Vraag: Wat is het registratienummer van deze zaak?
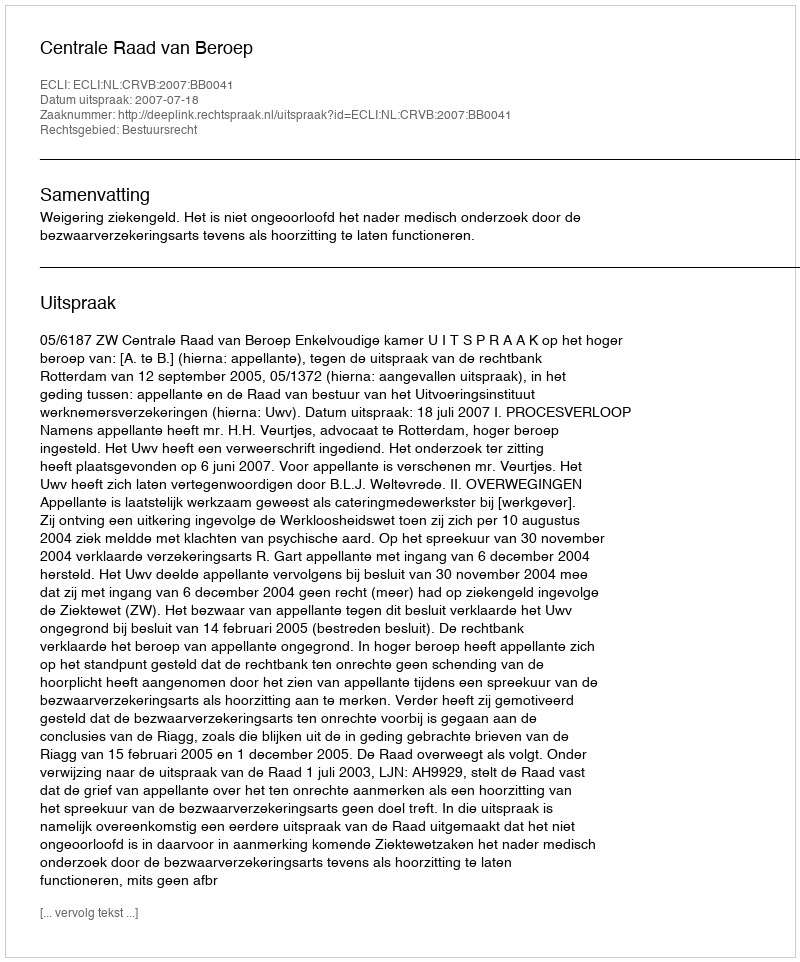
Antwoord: http://deeplink.rechtspraak.nl/uitspraak?id=ECLI:NL:CRVB:2007:BB0041